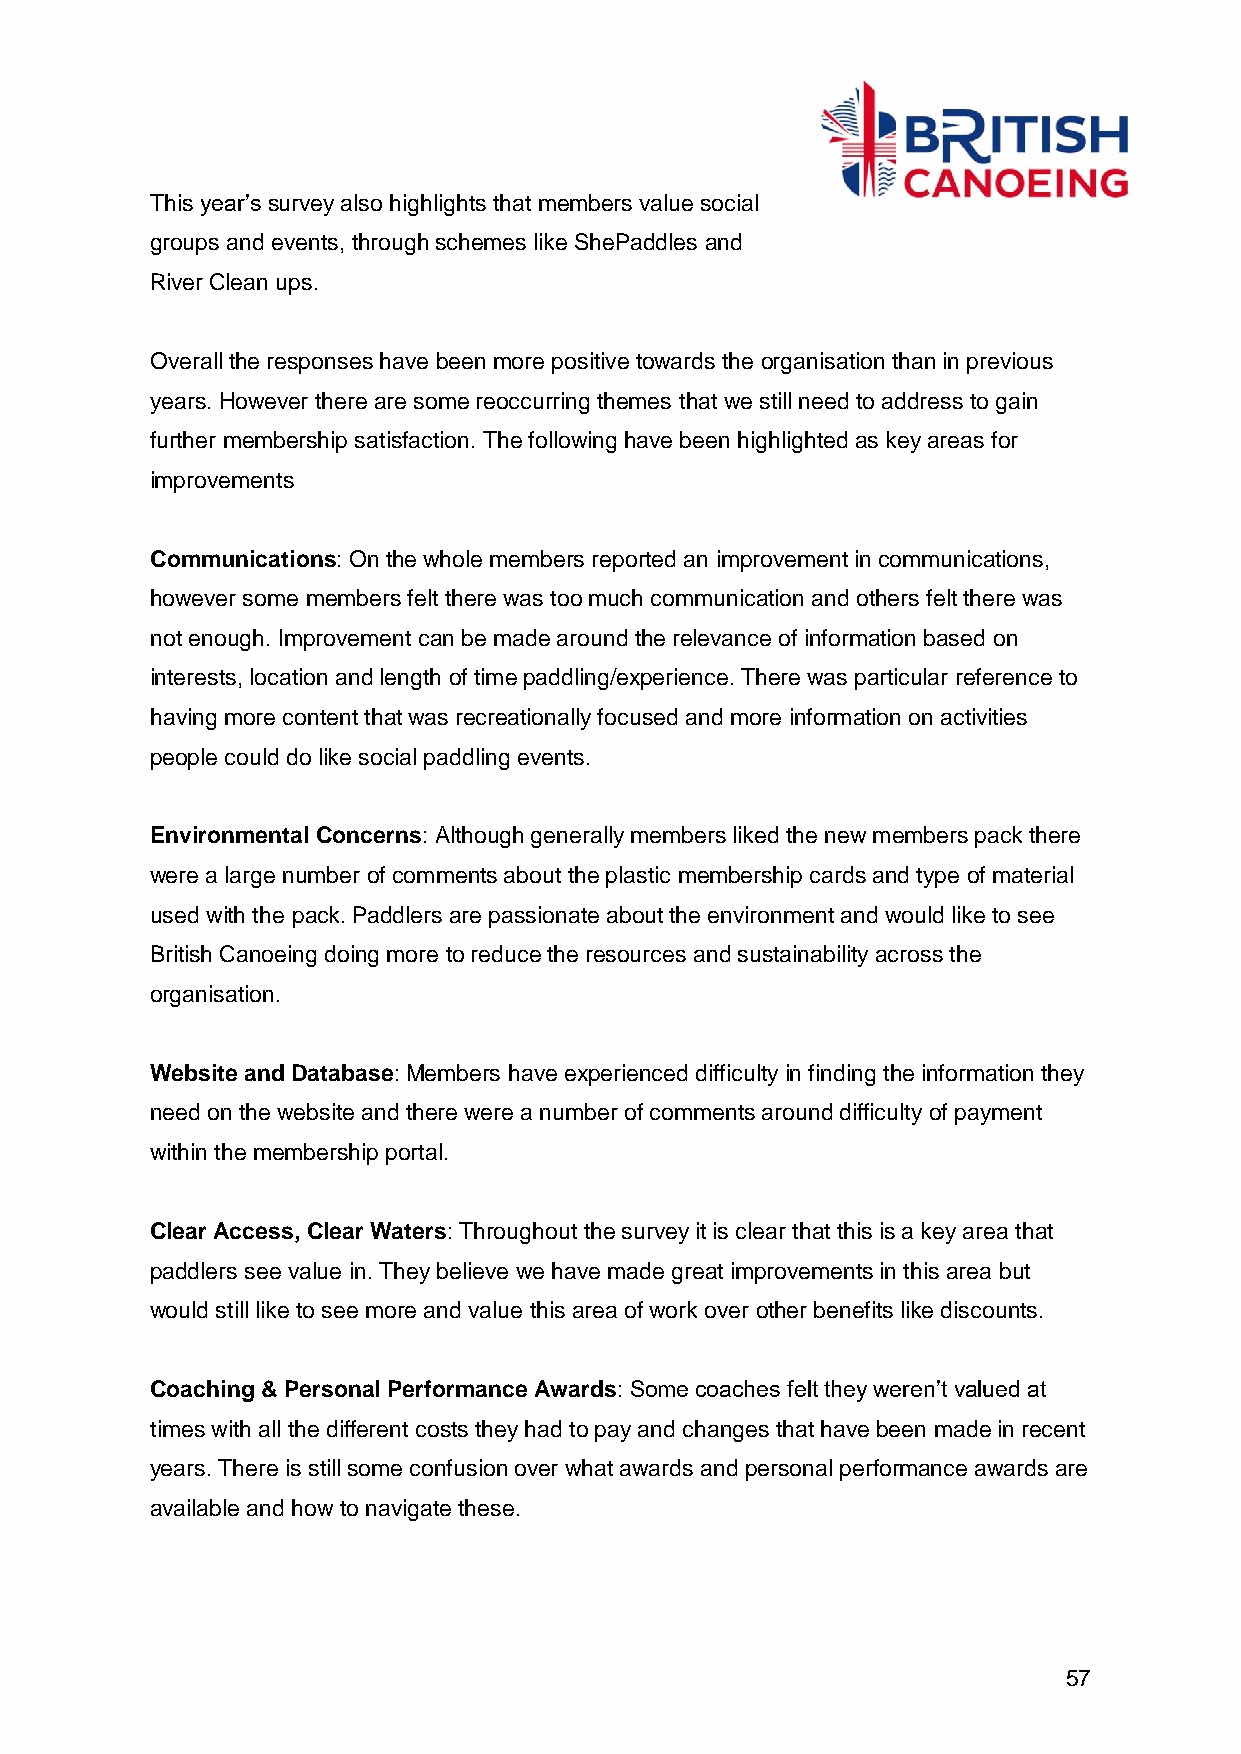
This year’s survey also highlights that members value social
 groups and events, through schemes like ShePaddles and
 River Clean ups.
 Overall the responses have been more positive towards the organisation than in previous
 years. However there are some reoccurring themes that we still need to address to gain
 further membership satisfaction. The following have been highlighted as key areas for
 improvements
 Communications: On the whole members reported an improvement in communications,
 however some members felt there was too much communication and others felt there was
 not enough. Improvement can be made around the relevance of information based on
 interests, location and length of time paddling/experience. There was particular reference to
 having more content that was recreationally focused and more information on activities
 people could do like social paddling events.
 Environmental Concerns: Although generally members liked the new members pack there
 were a large number of comments about the plastic membership cards and type of material
 used with the pack. Paddlers are passionate about the environment and would like to see
 British Canoeing doing more to reduce the resources and sustainability across the
 organisation.
 Website and Database: Members have experienced difficulty in finding the information they
 need on the website and there were a number of comments around difficulty of payment
 within the membership portal.
 Clear Access, Clear Waters: Throughout the survey it is clear that this is a key area that
 paddlers see value in. They believe we have made great improvements in this area but
 would still like to see more and value this area of work over other benefits like discounts.
 Coaching & Personal Performance Awards: Some coaches felt they weren’t valued at
 times with all the different costs they had to pay and changes that have been made in recent
 years. There is still some confusion over what awards and personal performance awards are
 available and how to navigate these.
 57